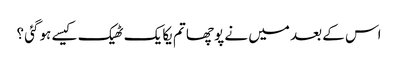
اس کے بعد میں نے پوچھا تم یکایک ٹھیک کیسے ہوگئی ؟